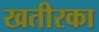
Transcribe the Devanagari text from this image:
खतीरका